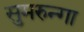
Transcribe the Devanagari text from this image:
सुमरुन्गा